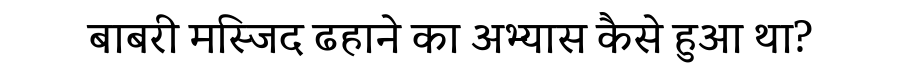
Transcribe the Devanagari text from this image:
बाबरी मस्जिद ढहाने का अभ्यास कैसे हुआ था?